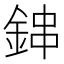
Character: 鋛